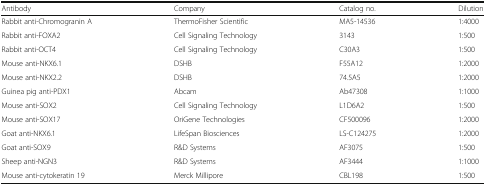
<table><thead><tr><td><b>Antibody</b></td><td><b>Company</b></td><td><b>Catalog no.</b></td><td><b>Dilution</b></td></tr></thead><tbody><tr><td>Rabbit anti-Chromogranin A</td><td>ThermoFisher Scientific</td><td>MA5-14536</td><td>1:4000</td></tr><tr><td>Rabbit anti-FOXA2</td><td>Cell Signaling Technology</td><td>3143</td><td>1:500</td></tr><tr><td>Rabbit anti-OCT4</td><td>Cell Signaling Technology</td><td>C30A3</td><td>1:500</td></tr><tr><td>Mouse anti-NKX6.1</td><td>DSHB</td><td>F55A12</td><td>1:2000</td></tr><tr><td>Mouse anti-NKX2.2</td><td>DSHB</td><td>74.5A5</td><td>1:2000</td></tr><tr><td>Guinea pig anti-PDX1</td><td>Abcam</td><td>Ab47308</td><td>1:1000</td></tr><tr><td>Mouse anti-SOX2</td><td>Cell Signaling Technology</td><td>L1D6A2</td><td>1:500</td></tr><tr><td>Mouse anti-SOX17</td><td>OriGene Technologies</td><td>CF500096</td><td>1:2000</td></tr><tr><td>Goat anti-NKX6.1</td><td>LifeSpan Biosciences</td><td>LS-C124275</td><td>1:2000</td></tr><tr><td>Goat anti-SOX9</td><td>R&amp;D Systems</td><td>AF3075</td><td>1:500</td></tr><tr><td>Sheep anti-NGN3</td><td>R&amp;D Systems</td><td>AF3444</td><td>1:1000</td></tr><tr><td>Mouse anti-cytokeratin 19</td><td>Merck Millipore</td><td>CBL198</td><td>1:500</td></tr></tbody></table>